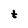
Character: t